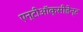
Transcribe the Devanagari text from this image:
एन्टीऑक्सीडेन्ट